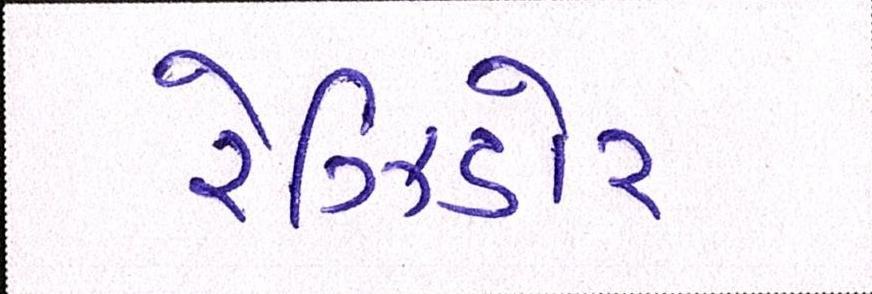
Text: રેઝિડોર